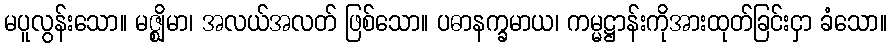
မပူလွန်းသော။ မဇ္ဈိမာ၊ အလယ်အလတ် ဖြစ်သော။ ပဓာနက္ခမာယ၊ ကမ္မဋ္ဌာန်းကိုအားထုတ်ခြင်းငှာ ခံသော။